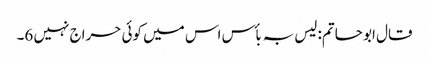
قال ابو حاتم: لیس بہ بأس اس میں کوئی حراج نہیں 6۔